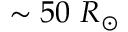
\sim 5 0 ~ R _ { \odot }